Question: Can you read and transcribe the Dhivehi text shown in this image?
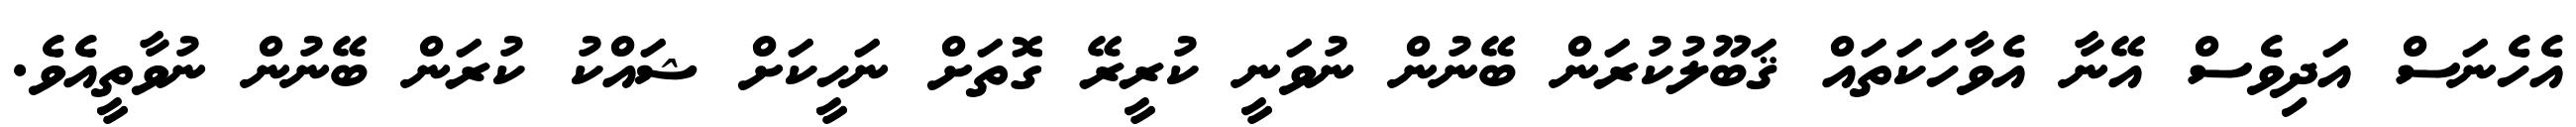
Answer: އެހެނަސް އަދިވެސް އޭނާ އެވާހަކަތައް ޤަބޫލުކުރަން ބޭނުން ނުވަނީ ކުރީރޭ ގޮތަށް ނަހީކަށް ޝައްކު ކުރަން ބޭނުން ނުވާތީއެވެ.